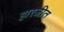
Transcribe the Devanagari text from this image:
हारजीत